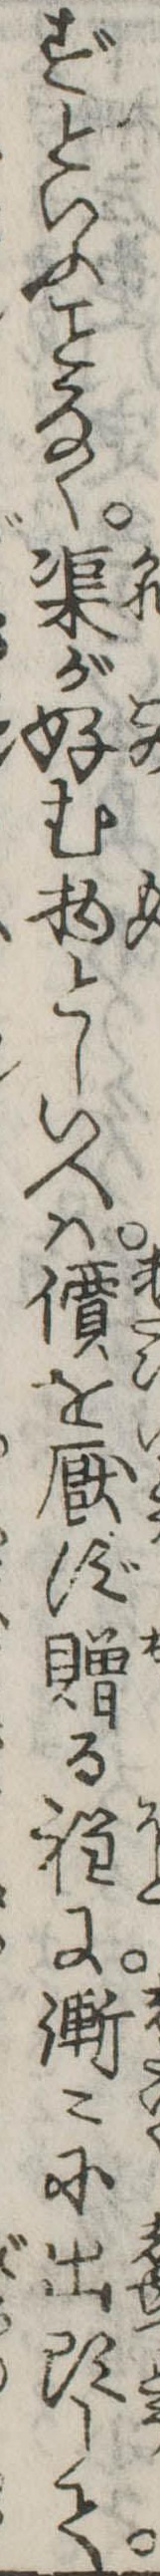
ずといふなく渠が好む物としいへは價を厭ず贈る程に漸々に出頭して